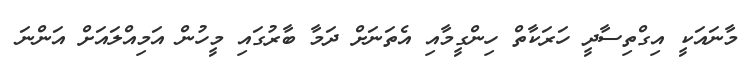
މާނައަކީ އިގްތިސާދީ ހަރަކާތް ހިންގީމާއި އެތަނަށް ދަމާ ބާރުގައި މީހުން އަމިއްލައަށް އަންނަ